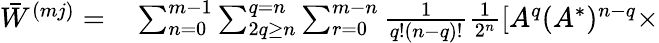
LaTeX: \begin{array}{rl}{\bar{W}^{(mj)}=}&{{}\sum_{n=0}^{m-1}\sum_{2q\geq n}^{q=n}\sum_{r=0}^{m-n}\frac{1}{q!(n-q)!}\frac{1}{2^{n}}\left[A^{q}(A^{*})^{n-q}\right.\times}\end{array}